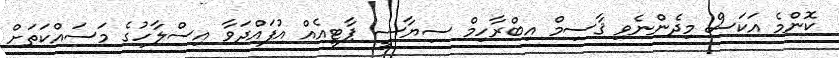
ކޮންމެ އަކަސް މިދެންނެވި ޤާސިމް އިބްރާހިމް ސިޔާސީ ޕާޓީއެއް އުފައްދަވާ އިސްލާހުގެ މަސައްކަތަށް